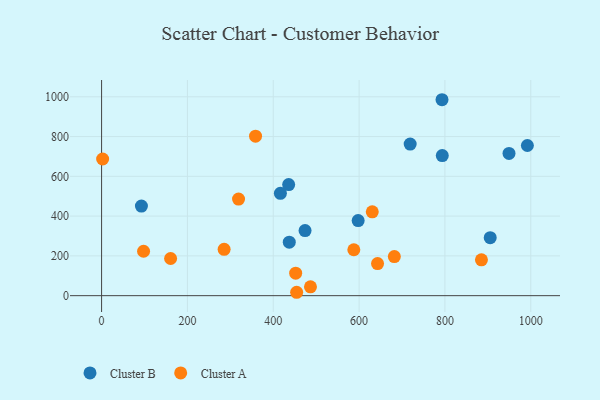
{"axis": {"x": "Experience", "y": "Yield"}, "legend": ["Cluster A", "Cluster B"], "data": [{"x": "949.3", "y": 715.2, "type": "Cluster B"}, {"x": "435.9", "y": 558.4, "type": "Cluster B"}, {"x": "597.8", "y": 377.8, "type": "Cluster B"}, {"x": "474.1", "y": 327.4, "type": "Cluster B"}, {"x": "905.5", "y": 291.6, "type": "Cluster B"}, {"x": "719.0", "y": 762.3, "type": "Cluster B"}, {"x": "793.2", "y": 985.3, "type": "Cluster B"}, {"x": "793.8", "y": 704.3, "type": "Cluster B"}, {"x": "416.6", "y": 514.5, "type": "Cluster B"}, {"x": "92.8", "y": 450.5, "type": "Cluster B"}, {"x": "437.3", "y": 269.1, "type": "Cluster B"}, {"x": "992.1", "y": 755.0, "type": "Cluster B"}, {"x": "97.8", "y": 223.3, "type": "Cluster A"}, {"x": "358.7", "y": 801.9, "type": "Cluster A"}, {"x": "643.0", "y": 161.5, "type": "Cluster A"}, {"x": "454.5", "y": 17.0, "type": "Cluster A"}, {"x": "285.5", "y": 232.9, "type": "Cluster A"}, {"x": "885.1", "y": 180.3, "type": "Cluster A"}, {"x": "630.7", "y": 421.6, "type": "Cluster A"}, {"x": "160.8", "y": 186.9, "type": "Cluster A"}, {"x": "682.1", "y": 196.3, "type": "Cluster A"}, {"x": "319.1", "y": 485.9, "type": "Cluster A"}, {"x": "452.2", "y": 113.3, "type": "Cluster A"}, {"x": "587.7", "y": 230.8, "type": "Cluster A"}, {"x": "2.4", "y": 687.2, "type": "Cluster A"}, {"x": "486.7", "y": 44.5, "type": "Cluster A"}]}